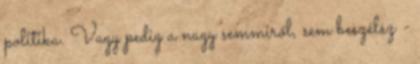
politika. Vagy pedig a nagy semmiről, sem beszélsz -